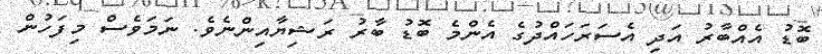
ބޮޑު އެއްބާރު އަދި އެސަރަހައްދުގެ އެންމެ ބޮޑު ބާރު ރަޝިޔާއިންނެވެ. ނަމަވެސް މިފަހުން